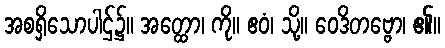
အစရှိသောပါဌ်၌။ အတ္ထော၊ ကို။ ဧဝံ၊ သို့။ ဝေဒိတဗ္ဗော၊ ၏။